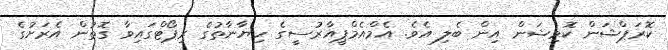
ކޮރަޕްޝަން ކޮމިޝަން އިން ބެލި އެވެ. އެމްއެމްޕީއާރުސީގެ ހިޔާނާތުގެ ރިޕޯޓްގައިވާ ގޮތުން އެރަށުގެ